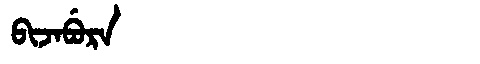
Manchu: ᠪᡳᠵᠠᠪᡠᡵᠠ
Romanization: BIJABURA